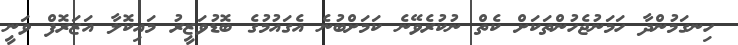
ހިނގަމުންދާ ހަމަނުޖެހުންތަކަށް ކެތް ނުކުރެވޭނެ ކަމަށްބުނެ އެގައުމުގެ ބޮޑުވަޒީރު މައިކޮލާ އަޒަރޮފް ވަނީ